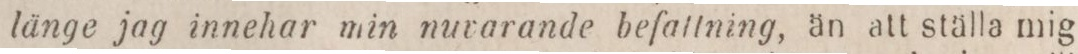
länge jag innehar min nuvarande befallning, än att ställa mig